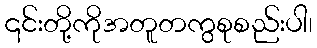
၎င်းတို့ကိုအတူတကွစုစည်းပါ၊